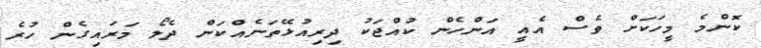
ކޮންމެ މީހަކަށް ވެސް އެއީ އަންހެން ކުއްޖަކު ދިރިއުޅޭތަނެއްކަން ދެލޯ މަރައިގެން ހުރެ